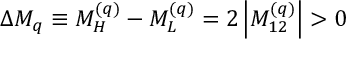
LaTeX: \Delta M _ { q } \equiv M _ { H } ^ { ( q ) } - M _ { L } ^ { ( q ) } = 2 \left| M _ { 1 2 } ^ { ( q ) } \right| > 0